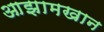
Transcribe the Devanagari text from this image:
आझामखान